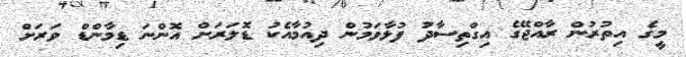
މީގެ އިތުރުން ރާއްޖޭގެ އިގްތިސާދު ފުޅާވަމުން ދިއުމާއެކު ޑޮލަރަށް އޮންނަ ޑިމާންޑް ވަރަށް